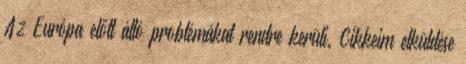
Az Európa előtt álló problémákat rendre kerüli. Cikkeim elküldése